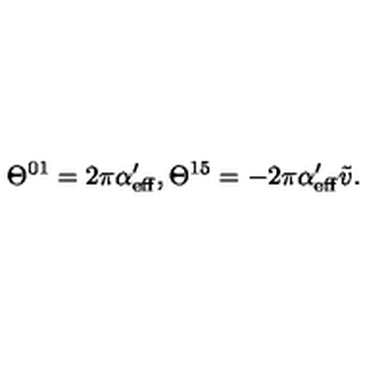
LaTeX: \Theta ^ { 0 1 } = 2 \pi \alpha _ { \mathrm { e f f } } ^ { \prime } , \Theta ^ { 1 5 } = - 2 \pi \alpha _ { \mathrm { e f f } } ^ { \prime } \tilde { v } .